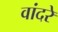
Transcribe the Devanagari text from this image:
वांदरे